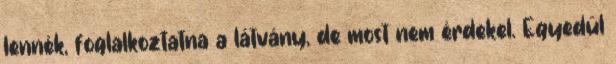
lennék, foglalkoztatna a látvány, de most nem érdekel. Egyedül